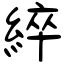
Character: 綷